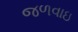
જળવાઇ